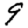
Digit: 9